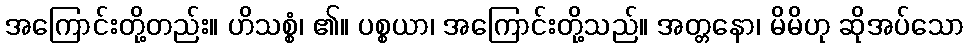
အကြောင်းတို့တည်း။ ဟိသစ္စံ၊ ၏။ ပစ္စယာ၊ အကြောင်းတို့သည်။ အတ္တနော၊ မိမိဟု ဆိုအပ်သော